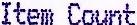
ITEM COUNT